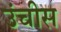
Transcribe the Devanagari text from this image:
उंचीस